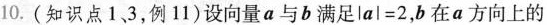
10.(知识点1、3，例11)设向量a与b满足 $$\left | a \right | = 2$$，b在a方向上的